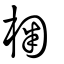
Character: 椈